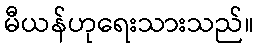
မီယန်ဟုရေးသားသည်။